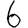
Digit: 6